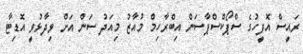
ރައީސް އޮފީހުގެ ސްޕޯކްސްޕާސަން އިބްރާހިމް މުއާޒު މިއަދު ސަން އަށް ވިދާޅުވީ އޮޑިޓާ